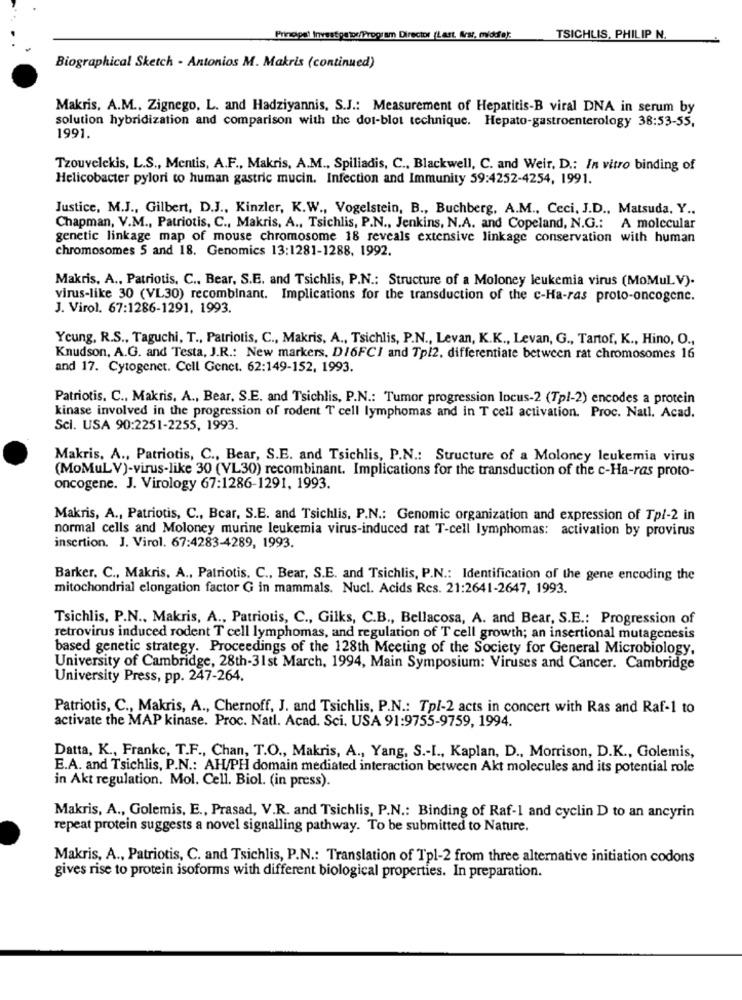
Principal Investigator/Program Director (Last. Arst, middo):
TSICHLIS, PHILIP N.
Biographical Sketch - Antonios M. Makris (continued)
Makris, A.M ., Zignego, L. and Hadziyannis, S.J .: Measurement of Hepatitis-B viral DNA in serum by
solution hybridization and comparison with the dot-blot technique. Hepato-gastroenterology 38:53-55,
1991
Tzouvelekis, L.S ., Mentis, A.F ., Makris, A.M ., Spiliadis, C ., Blackwell, C. and Weir, D .: In vitro binding of
Helicobacter pylori to human gastric mucin. Infection and Immunity 59:4252-4254, 1991.
Justice, M.J ., Gilbert, D.J ., Kinzler, K.W ., Vogelstein, B ., Buchberg, A.M ., Ceci, J.D ., Matsuda, Y ..
Chapman, V.M ., Patriotis, C ., Makris, A ., Tsichlis, P.N ., Jenkins, N.A. and Copeland, N.G .: A molecular
genetic linkage map of mouse chromosome 18 reveals extensive linkage conservation with human
chromosomes 5 and 18. Genomics 13:1281-1288, 1992.
Makris, A ., Patriotis. C ., Bear, S.E. and Tsichlis, P.N .: Structure of a Moloney leukemia virus (MoMul.V).
virus-like 30 (VL30) recombinant. Implications for the transduction of the c-Ha-ras proto-oncogene.
J. Virol. 67:1286-1291, 1993.
Young, R.S ., Taguchi, T ., Patriotis, C ., Makris, A ., Tsichlis, P.N ., Levan, K.K ., Levan, G ., Tartof, K ., Hino, O .,
Knudson, A.G. and Testa, J.R .: New markers, DI6FCI and Tp/2, differentiate between rat chromosomes 16
and 17. Cytogenet. Cell Genet. 62:149-152, 1993.
Patriotis. C ., Makris. A ., Bear, S.E. and Tsichlis, P.N .: Tumor progression locus-2 (Tpl-2) encodes a protein
kinase involved in the progression of rodent T cell lymphomas and in T cell activation. Proc. Natl. Acad.
Sci. USA 90:2251-2255, 1993.
Makris, A ., Patriotis, C ., Bear, S.E. and Tsichlis, P.N .: Structure of a Moloney leukemia virus
(MoMuLV)-virus-like 30 (VL30) recombinant. Implications for the transduction of the c-Ha-ras proto-
oncogene. J. Virology 67:1286-1291, 1993.
Makris, A ., Patriotis, C ., Bear, S.E. and Tsichlis, P.N .: Genomic organization and expression of Tp/-2 in
normal cells and Moloney murine leukemia virus-induced rat T-cell lymphomas: activation by provirus
insertion. J. Virol. 67:4283-4289, 1993.
Barker. C ., Makris, A ., Patriotis. C ., Bear, S.E. and Tsichlis, P.N .: Identification of the gene encoding the
mitochondrial elongation factor G in mammals. Nucl. Acids Res. 21:2641-2647, 1993.
Tsichlis, P.N ., Makris, A ., Patriotis, C ., Gilks, C.B ., Bellacosa, A. and Bear, S.E .: Progression of
retrovirus induced rodent T cell lymphomas, and regulation of T cell growth; an insertional mutagenesis
based genetic strategy. Proceedings of the 128th Meeting of the Society for General Microbiology,
University of Cambridge, 28th-31st March, 1994, Main Symposium: Viruses and Cancer. Cambridge
University Press, pp. 247-264.
Patriotis, C ., Makris, A ., Chernoff, J. and Tsichlis, P.N .: Tpl-2 acts in concert with Ras and Raf-1 to
activate the MAP kinase. Proc. Natl. Acad. Sci. USA 91:9755-9759, 1994.
Datta, K ., Frankc, T.F ., Chan, T.O ., Makris, A ., Yang, S .- I ., Kaplan, D ., Morrison, D.K ., Golemis,
E.A. and Tsichlis, P.N .: AH/PH domain mediated interaction between Akt molecules and its potential role
in Akt regulation. Mol. Cell. Biol. (in press).
Makris, A ., Golemis, E ., Prasad, V.R. and Tsichlis, P.N .: Binding of Raf-1 and cyclin D to an ancyrin
repeat protein suggests a novel signalling pathway. To be submitted to Nature.
Makris, A ., Patriotis, C. and Tsichlis, P.N .: Translation of Tpl-2 from three alternative initiation codons
gives rise to protein isoforms with different biological properties. In preparation.